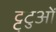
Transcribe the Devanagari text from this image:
ट्ट्टुओं